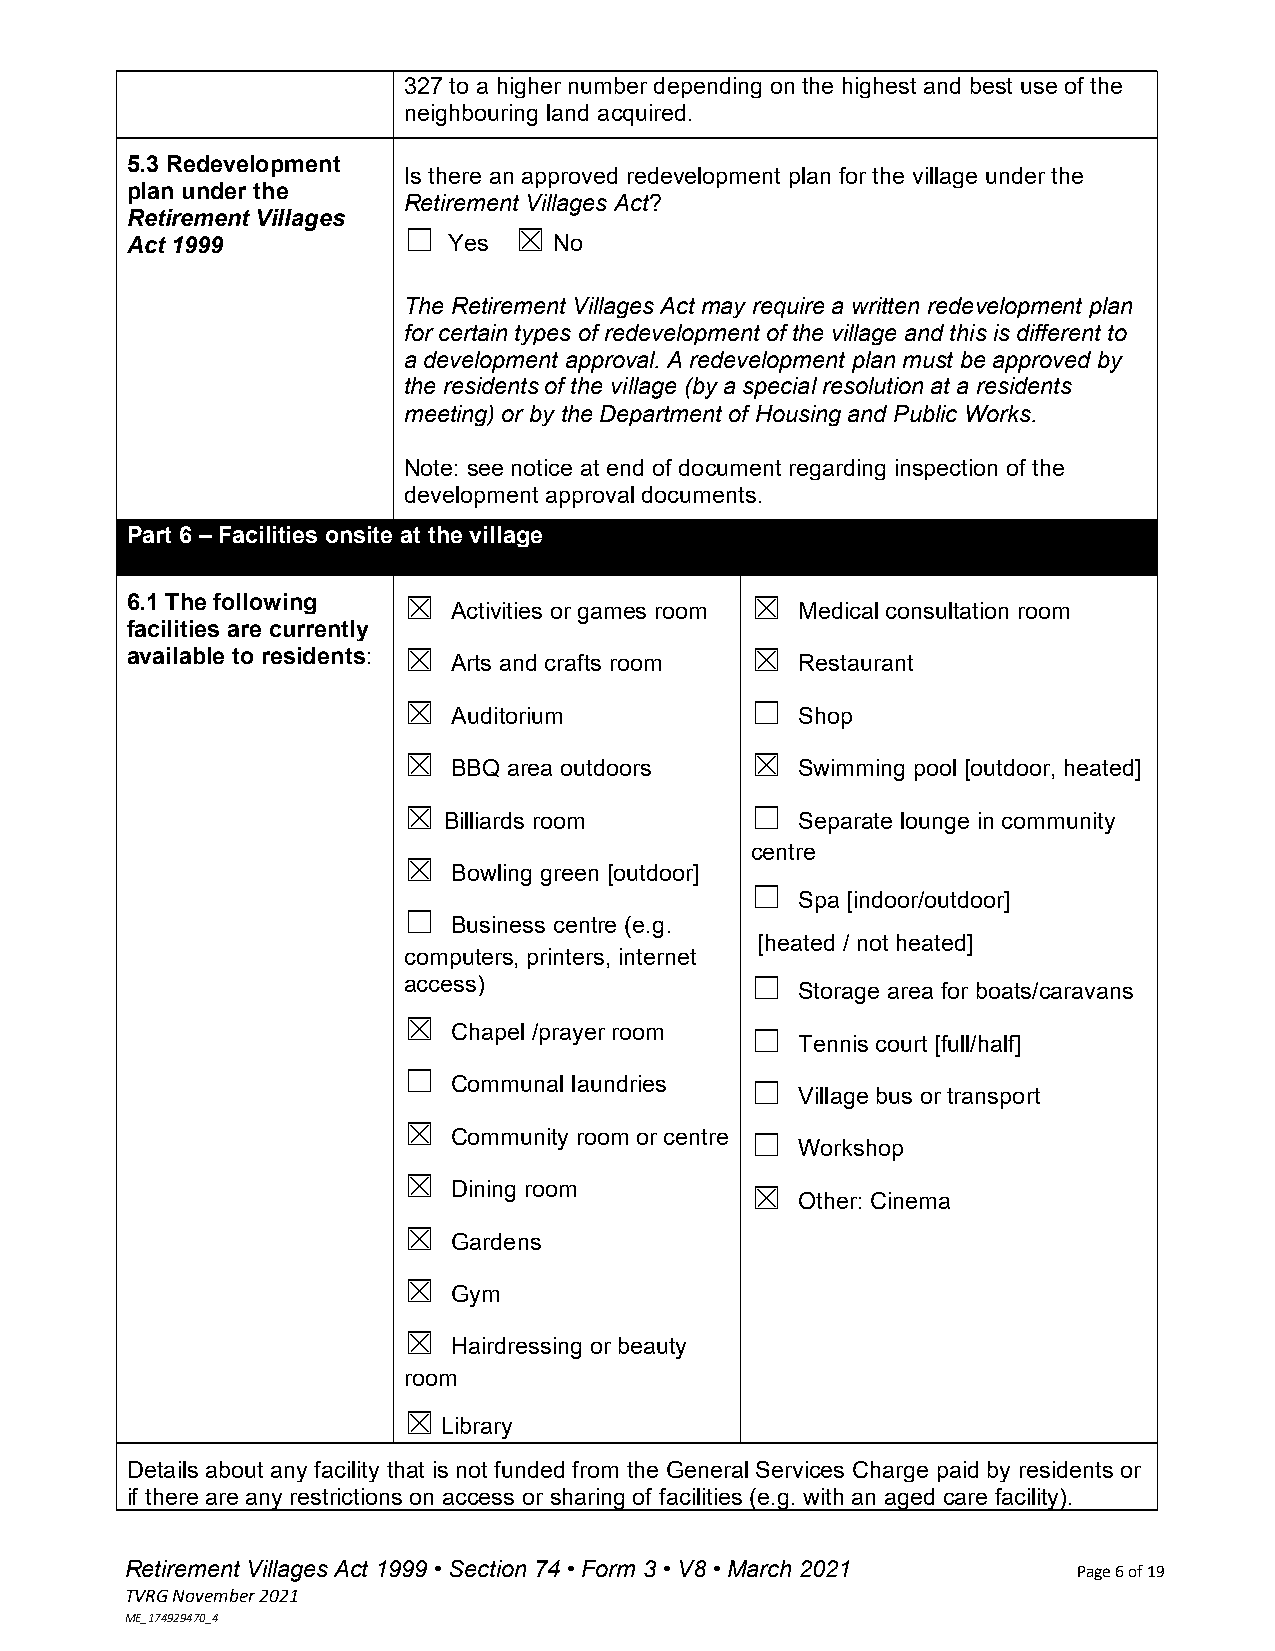
327 to a higher number depending on the highest and best use of the
 neighbouring land acquired.
 5.3 Redevelopment
 Is there an approved redevelopment plan for the village under the
 plan under the
 Retirement Villages Act?
 Retirement Villages
 ☐      ☒
 Act 1999              Yes    No
 The Retirement Villages Act may require a written redevelopment plan
 for certain types of redevelopment of the village and this is different to
 a development approval. A redevelopment plan must be approved by
 the residents of the village (by a special resolution at a residents
 meeting) or by the Department of Housing and Public Works.
 Note: see notice at end of document regarding inspection of the
 development approval documents.
 Part 6 – Facilities onsite at the village
 6.1 The following  ☒                      ☒
 Activities or games room Medical consultation room
 facilities are currently
 available to residents: ☒                 ☒
 Arts and crafts room   Restaurant
 ☒
 Auditorium
 ☐
 Shop
 ☒                      ☒
 BBQ area outdoors      Swimming pool [outdoor, heated]
 ☒
 Billiards room
 ☐
 Separate lounge in community
 centre
 ☒
 Bowling green [outdoor]
 ☐
 Spa [indoor/outdoor]
 ☐
 Business centre (e.g.
 [heated / not heated]
 computers, printers, internet
 access)                ☐
 Storage area for boats/caravans
 ☒
 Chapel /prayer room ☐
 Tennis court [full/half]
 ☐
 Communal laundries  ☐
 Village bus or transport
 ☒
 Community room or centre ☐
 Workshop
 ☒
 Dining room         ☒
 Other: Cinema
 ☒
 Gardens
 ☒
 Gym
 ☒
 Hairdressing or beauty
 room
 ☒
 Library
 Details about any facility that is not funded from the General Services Charge paid by residents or
 if there are any restrictions on access or sharing of facilities (e.g. with an aged care facility).
 Retirement Villages Act 1999 • Section 74 • Form 3 • V8 • March 2021 Page 6 of 19
 TVRG November 2021
 ME_174929470_4